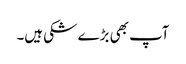
آپ بھی بڑے شکی ہیں۔